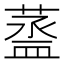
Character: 䕄